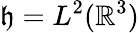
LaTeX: \mathfrak{h}=L^{2}(\mathbb{R}^{3})